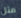
مثل